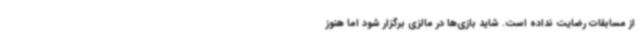
از مسابقات رضایت نداده است. شاید بازی‌ها در مالزی برگزار شود اما هنوز